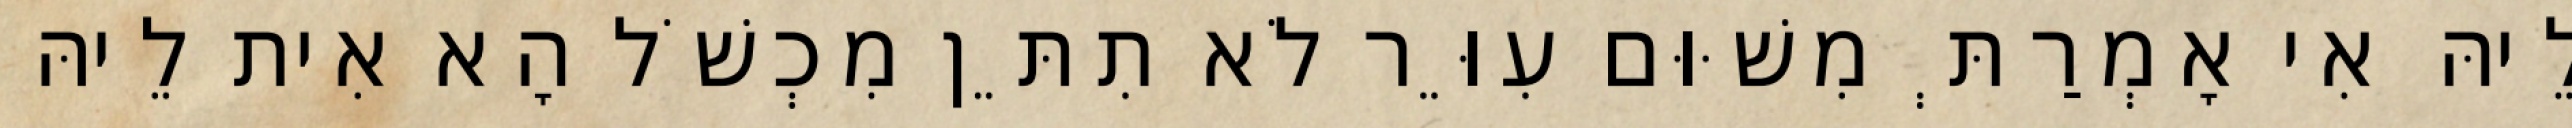
לֵיהּ אִי אָמְרַתְּ מִשּׁוּם עִוֵּר לֹא תִתֵּן מִכְשֹׁל הָא אִית לֵיהּ